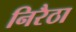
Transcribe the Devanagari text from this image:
निरैठा